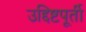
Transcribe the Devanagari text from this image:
उद्दिष्टपूर्ती